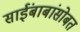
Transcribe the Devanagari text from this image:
साईंबाबांसोबत